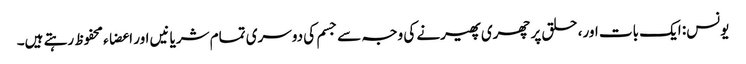
یونس: ایک بات اور، حلق پر چھری پھیرنے کی وجہ سے جسم کی دوسری تمام شریانیں اور اعضاء محفوظ رہتے ہیں۔